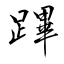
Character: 蹕